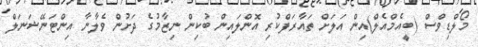
މޯލްޑިވްސް (ބީއެމްއެލް)އިން އަލަށް ތައާރަފްކުރި އޮންލައިން ބުކިން ނިޒާމުގެ ދަށުން ވެލާނާ އިންޓަނޭޝަނަލް